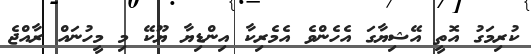
ކުރިމަގު އޮތީ އޭޝިޔާގަ އެހެންވެ އެމެރިކާ އިންޑިޔާ ޔޫކޭ މި މީހުނައް ރާއްޖެ